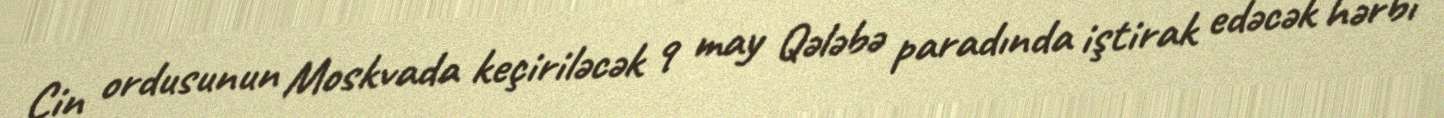
Çin ordusunun Moskvada keçiriləcək 9 may Qələbə paradında iştirak edəcək hərbi